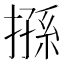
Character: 搎